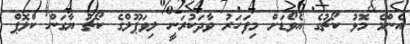
އެންމެ މޮޅު ކޯޗުގެ އެވޯޑަށް މިފަހަރު ވާދަކުރަނީ ލިވަޕޫލްގެ ކޯޗު ޔާގަން ކްލޮޕް